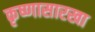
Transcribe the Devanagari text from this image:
कृष्णासारखा